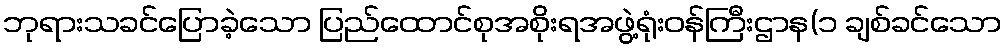
ဘုရားသခင်ပြောခဲ့သော ပြည်ထောင်စုအစိုးရအဖွဲ့ရုံးဝန်ကြီးဌာန(၁ ချစ်ခင်သော